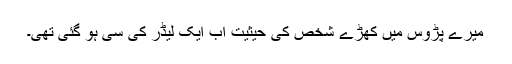
میرے پڑوس میں کھڑے شخص کی حیثیت اب ایک لیڈر کی سی ہو گئی تھی۔